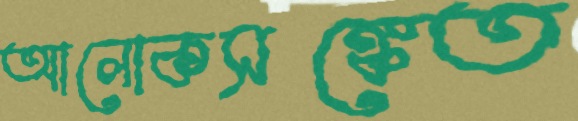
আলোকসঙ্কেত